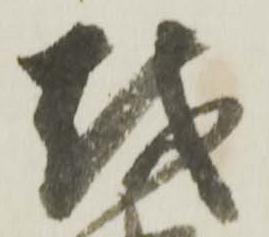
越